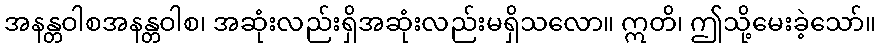
အနန္တဝါစအနန္တဝါစ၊ အဆုံးလည်းရှိအဆုံးလည်းမရှိသလော။ ဣတိ၊ ဤသို့မေးခဲ့သော်။